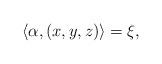
LaTeX: \begin{align*}\langle\alpha,(x,y,z)\rangle=\xi,\end{align*}